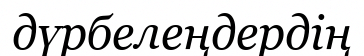
дүрбелеңдердің